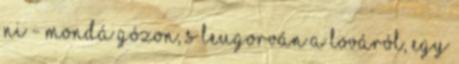
ni - mondá Gózon, s leugorván a lováról, egy